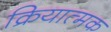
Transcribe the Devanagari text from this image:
क्रियात्‍मक